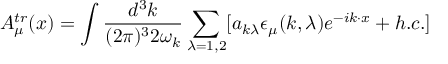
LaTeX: A _ { \mu } ^ { t r } ( x ) = \int { \frac { d ^ { 3 } k } { ( 2 \pi ) ^ { 3 } 2 \omega _ { k } } \sum _ { \lambda = 1 , 2 } [ a _ { k \lambda } \epsilon _ { \mu } ( k , \lambda ) e ^ { - i k \cdot x } + h . c . ] }